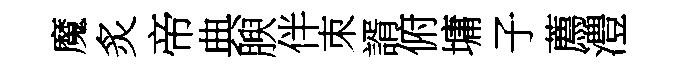
魔炙帝典腴伴朿諝俯墉子薦澧